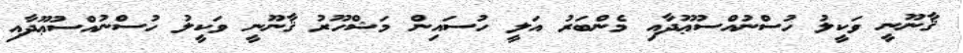
ޤާނޫނީ ވަކީލު ހުސްނުއްސުޢޫދާއި މެންބަރު އަލީ ހުސައިން މަޝްހޫރު ޤާނޫނީ ވަކީލު ހުސްނުއްސުޢޫދާއި